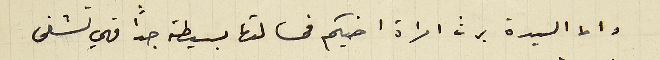
واما السيدة برث امراة اخيكم فمسالتها بسيطة جدا فهي تشفى